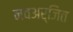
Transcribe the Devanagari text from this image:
नवअर्जित